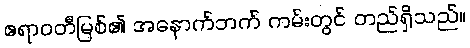
ဧရာဝတီမြစ်၏ အနောက်ဘက် ကမ်းတွင် တည်ရှိသည်။